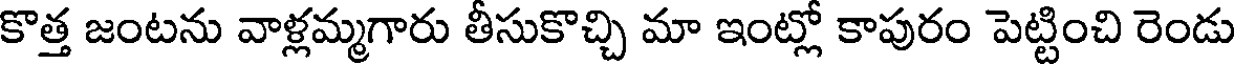
కొత్త జంటను వాళ్లమ్మగారు తీసుకొచ్చి మా ఇంట్లో కాపురం పెట్టించి రెండు